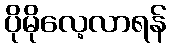
ပိုမိုလေ့လာရန်